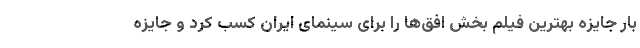
بار جایزه بهترین فیلم بخش افق‌ها را برای سینمای ایران کسب کرد و جایزه